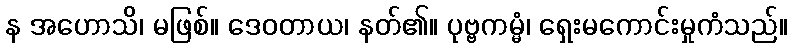
န အဟောသိ၊ မဖြစ်။ ဒေဝတာယ၊ နတ်၏။ ပုဗ္ဗကမ္မံ၊ ရှေးမကောင်းမှုကံသည်။